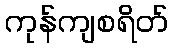
ကုန်ကျစရိတ်